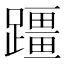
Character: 𫏣